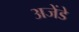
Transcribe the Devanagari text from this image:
अजेंडे